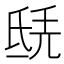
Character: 𣱎